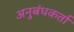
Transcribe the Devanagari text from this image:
अनुबंधकर्ता